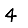
Digit: 4